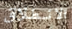
الانطلاق